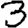
Digit: 3